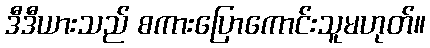
ဒီဒီယားသည် စကားပြောကောင်းသူမဟုတ်။